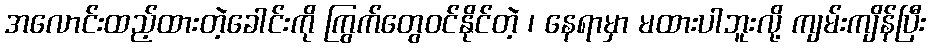
အလောင်းထည့်ထားတဲ့ခေါင်းကို ကြွက်တွေဝင်နိုင်တဲ့ ၊ နေရာမှာ မထားပါဘူးလို့ ကျမ်းကျိန်ပြီး